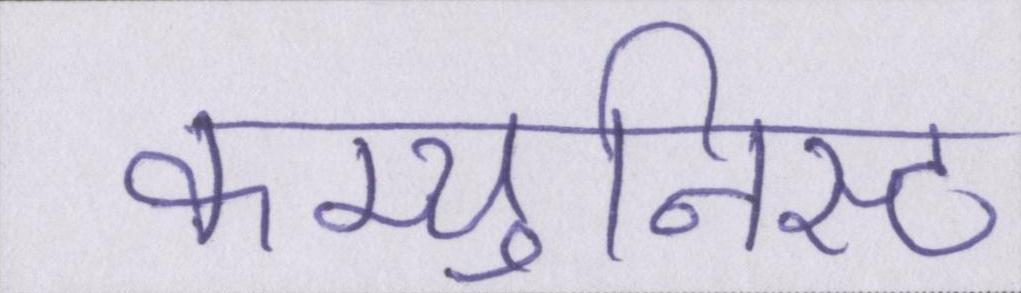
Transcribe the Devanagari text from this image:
कम्युनिस्ट